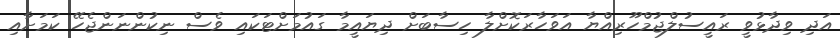
އަދި ވިދާޅުވީ ރައީސުލްޖުމްހޫރިއްޔާ އަވަހާރަކޮށްލާ ހިސާބަށް ދިޔައީމާ ގައުމަށްޓަކައި ވެސް ނިކުންނަންޖެހޭ ކަމަށާއި